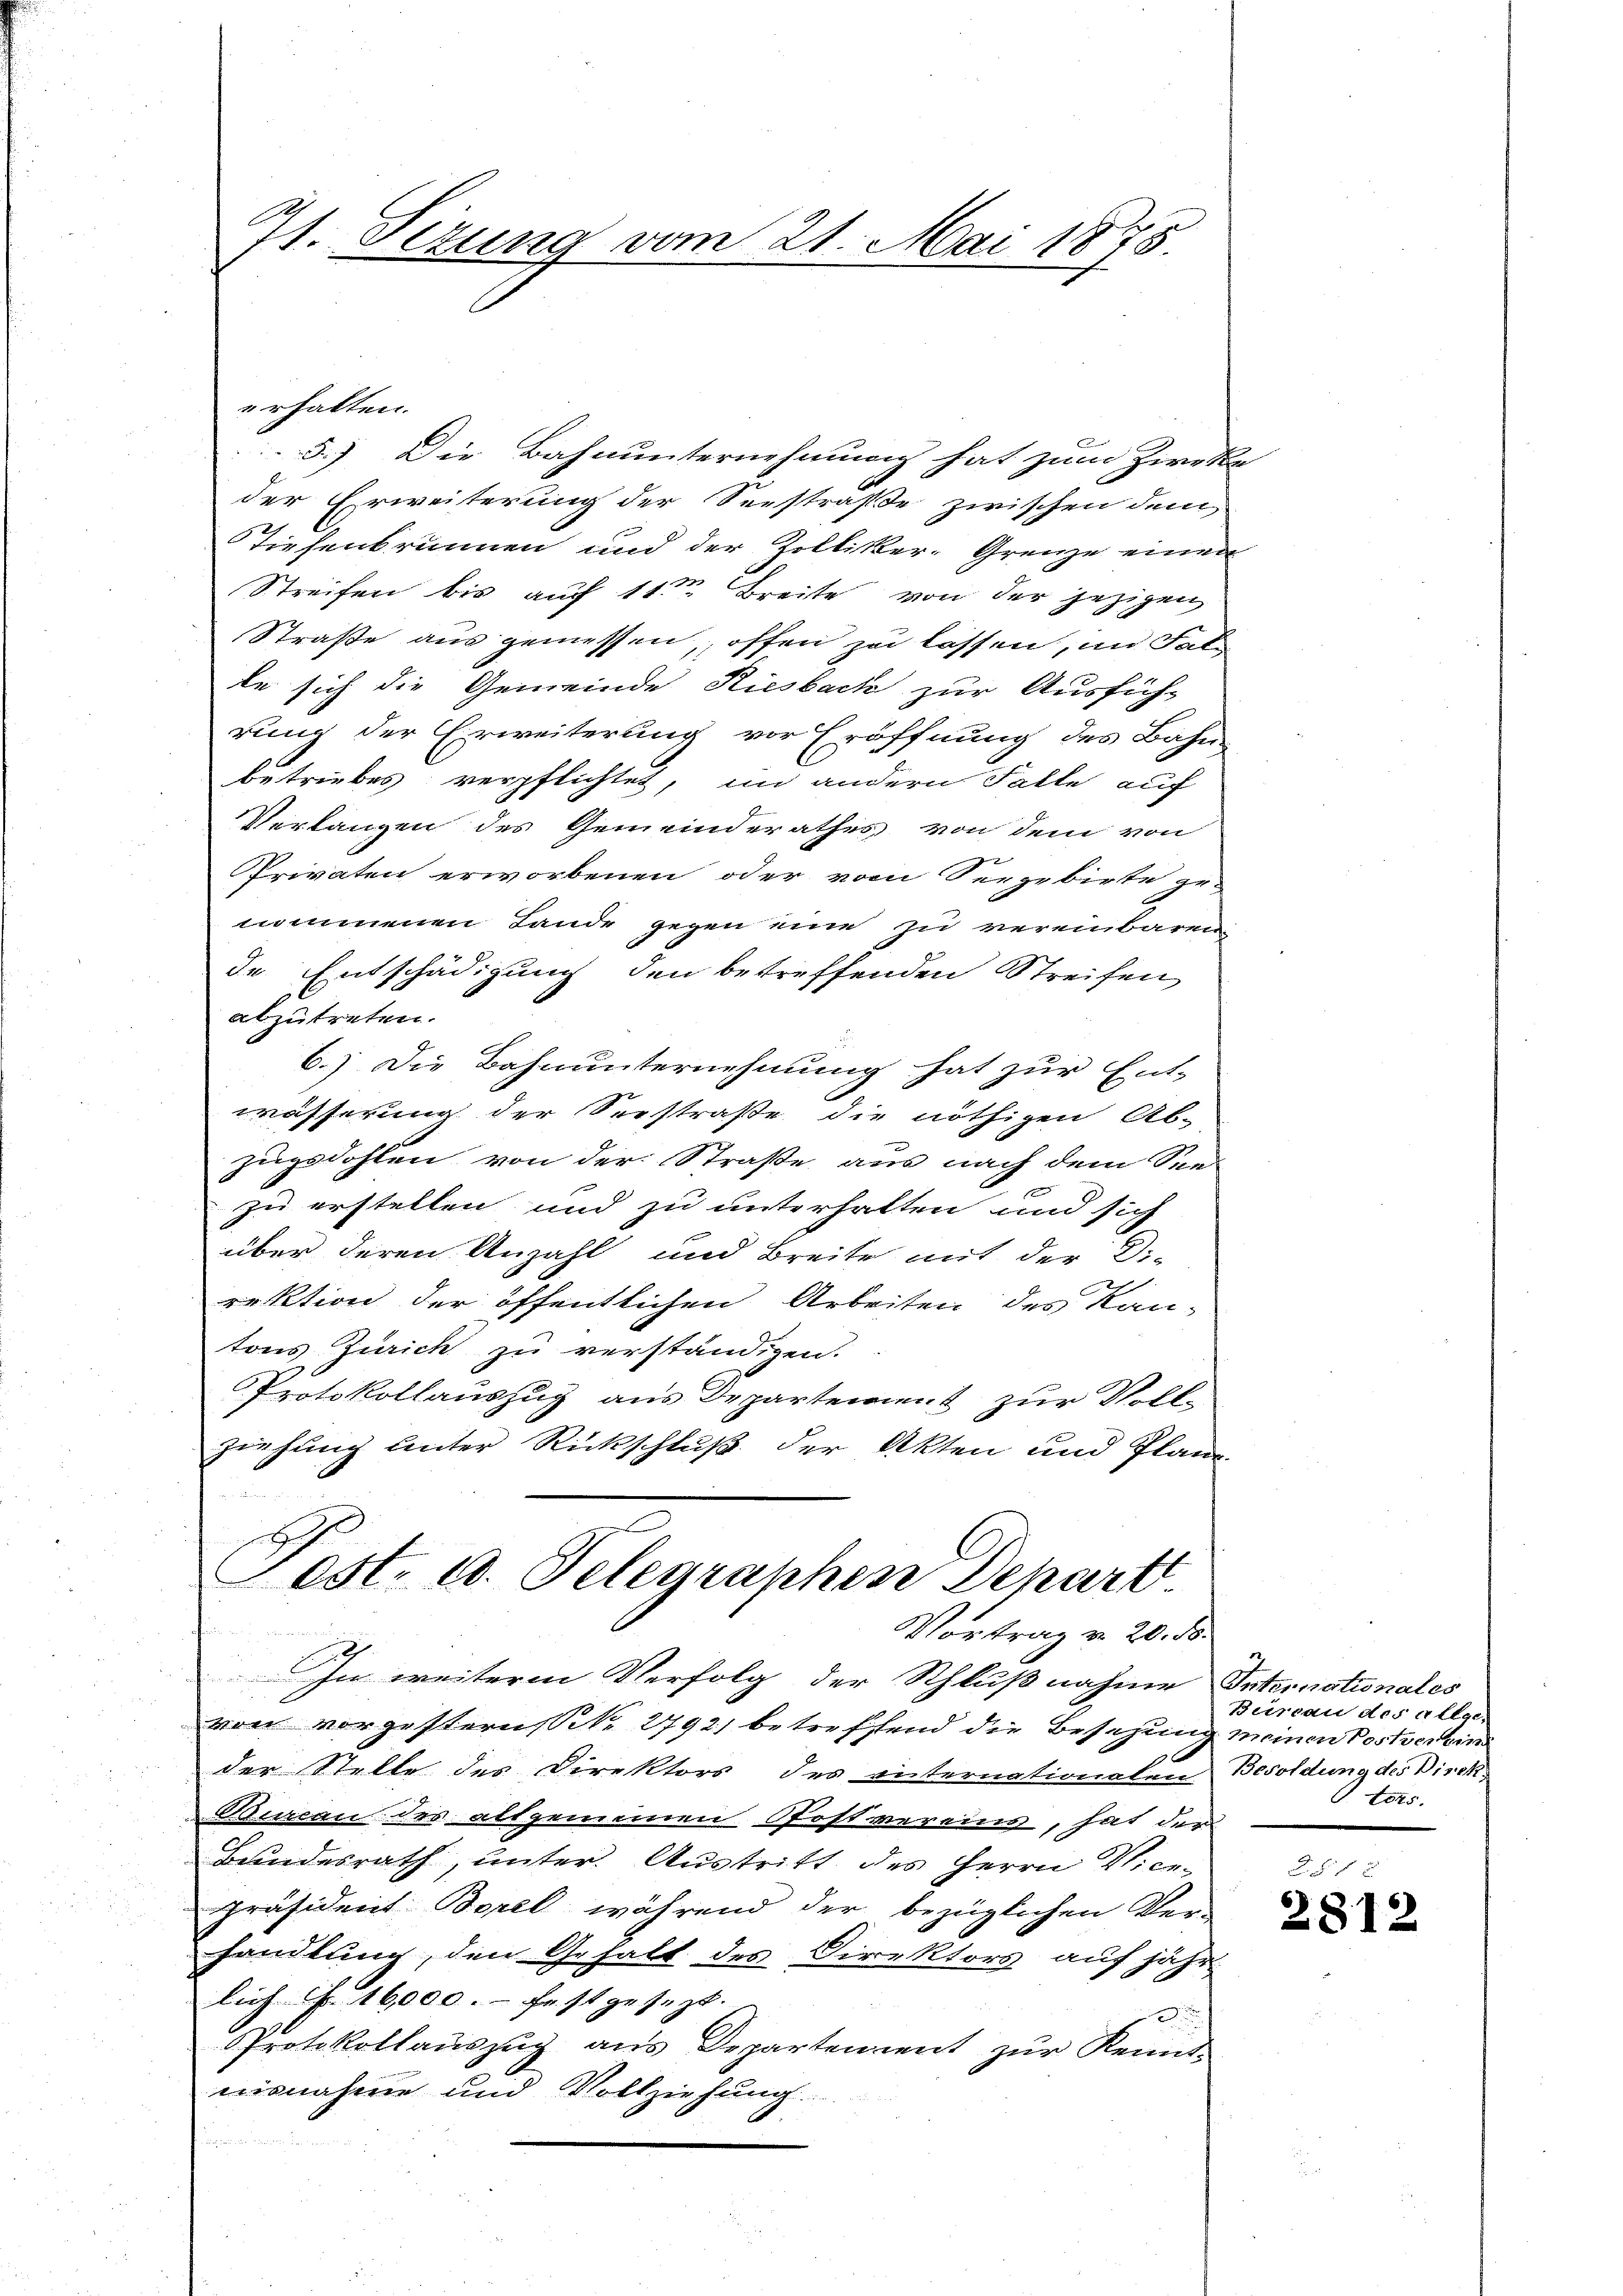
71. Sizung vom 21. Mai 1875.

erhalten.

5.) Die Bahnunternehmung hat zum Zirke
der Erweiterung der Seestraße zwischen dem
Tiefenbrunnen und der Zolliker-Grenze einer
Streifen bis auf 11ten Breite von der jezigen
Straße aus gemessen, offen zu lassen, im Fals
te sich die Gemeinde Riesbach zur Ausfüh-
rung der Erweiterung vor Eröffnung des Bahn-
betriebes verpflichtet, im andern Falle auf
Verlangen des Gemeinderathes von dem von
Privaten erworbenen oder vom Seegrbirte ge-
nommenen Lande gegen eine zu vereinbaren
de Entschädigung den betreffenden Streifen
abzutreten.
6.) Die Bahnunternehmung hat zur Ent-
wässerung der Seestraße die nöthigen Ab-
zugsdohlen von der Straße aus nach dem See-
zu erstellen und zu unterhalten und sich
über deren Anzahl und Breite mit der Di-
rektion der öffentlichen Arbeiten des Kan-
tons Zürich zu verständigen.
Protokollauszug aus Departement zur Vollziehung unter Rückschluß der Akten und Plane¬

est. 10. Telegraphen Depart
Vortrag v. 20. d.

In weitere Verfolg der Schlußnahme Internationales
von vorgestern S. 2792, betreffend die Besezung meinen Postverbin
E
der Stelle des Direktors des internationalen
Burcan des allgemeinen Postvereine, hat der
Bundesrath, unter. Austritt des Herrn Vice-
präsident Borel während der bezüglichen Ver-
handlung, den Gehalt des Direktors auf jähr
lich f. 16000.- Frstgesezt.

Protokollauszug aus Departement zur Kenntesnahme und Vollziehung

Beinau der allge-
Besoldung des Direk
tets

8 f 2
2812